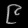
Digit: ၉